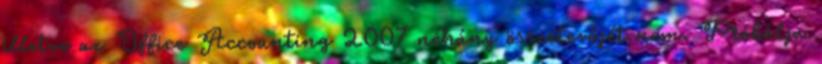
illetve az Office Accounting 2007 néhány összetevőjét nem. Próbálja